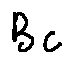
B c